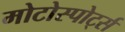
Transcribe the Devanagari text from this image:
मोटोस्पोर्ट्स